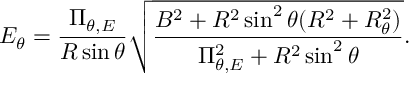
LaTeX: E _ { \theta } = \frac { \Pi _ { \theta , E } } { R \sin \theta } \sqrt { \frac { B ^ { 2 } + R ^ { 2 } \sin ^ { 2 } \theta ( R ^ { 2 } + R _ { \theta } ^ { 2 } ) } { \Pi _ { \theta , E } ^ { 2 } + R ^ { 2 } \sin ^ { 2 } \theta } } .